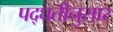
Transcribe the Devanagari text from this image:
पद्घतीनुसार